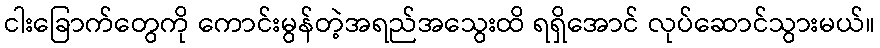
ငါးခြောက်တွေကို ကောင်းမွန်တဲ့အရည်အသွေးထိ ရရှိအောင် လုပ်ဆောင်သွားမယ်။